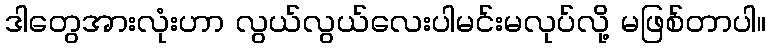
ဒါတွေအားလုံးဟာ လွယ်လွယ်လေးပါမင်းမလုပ်လို့ မဖြစ်တာပါ။